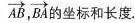
\overrightarrow{AB}, \overrightarrow{BA} 的坐标和长度.